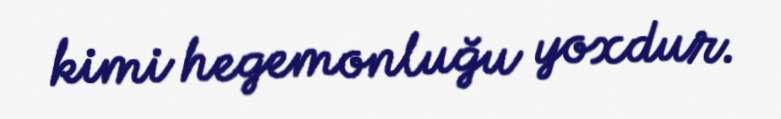
kimi hegemonluğu yoxdur.